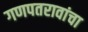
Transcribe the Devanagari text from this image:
गणपतरावांचा